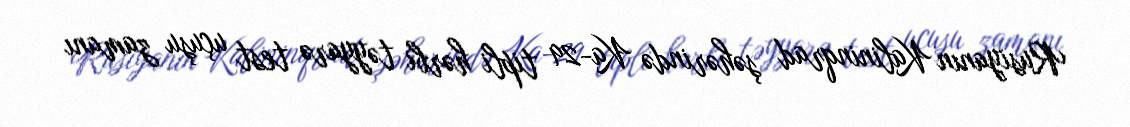
Rusiyanın Kalininqrad şəhərində Ka-29 tipli hərbi təyyarə test uçuşu zamanı